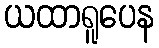
ယထာရူပေန